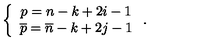
\left\{ \begin{array} { c } { p = n - k + 2 i - 1 } \\ { \overline { { p } } = \overline { { n } } - k + 2 j - 1 } \\ \end{array} \right. .